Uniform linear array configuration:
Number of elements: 12
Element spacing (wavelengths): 1
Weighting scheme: hamming
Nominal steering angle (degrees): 15
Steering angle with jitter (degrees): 14.219
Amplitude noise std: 0.05
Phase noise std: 0.05

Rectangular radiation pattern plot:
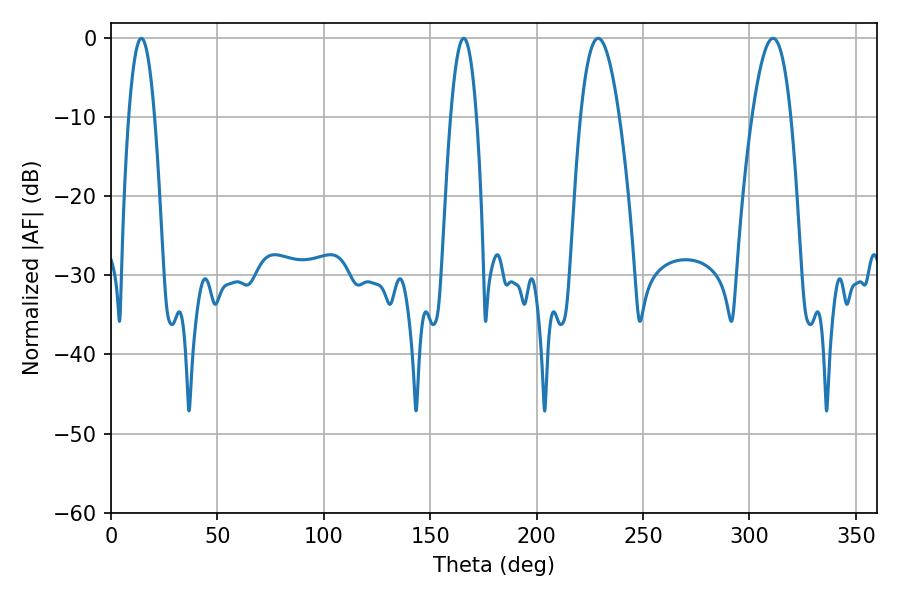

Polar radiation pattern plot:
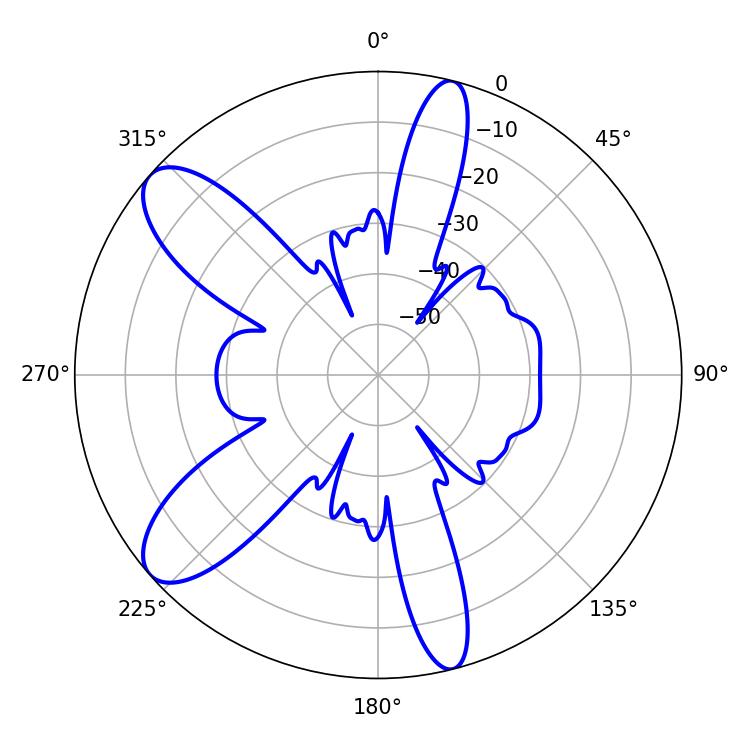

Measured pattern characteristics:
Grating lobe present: TRUE
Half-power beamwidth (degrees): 10.08
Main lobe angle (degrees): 311.04